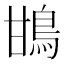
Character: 䲺